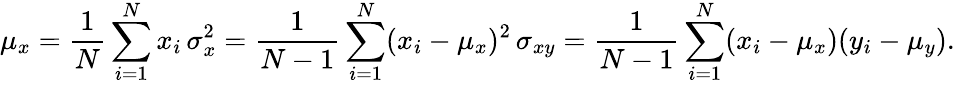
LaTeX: \mu_{x}=\frac{1}{N}\sum_{i=1}^{N}x_{i}\, \sigma_{x}^{2}=\frac{1}{N-1}\sum_{i=1}^{N}(x_{i}-\mu_{x})^{2}\, \sigma_{xy}=\frac{1}{N-1}\sum_{i=1}^{N}(x_{i}-\mu_{x})(y_{i}-\mu_{y}).